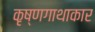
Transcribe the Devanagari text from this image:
कृष्णगाथाकार